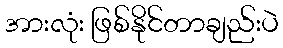
အားလုံး ဖြစ်နိုင်တာချည်းပဲ